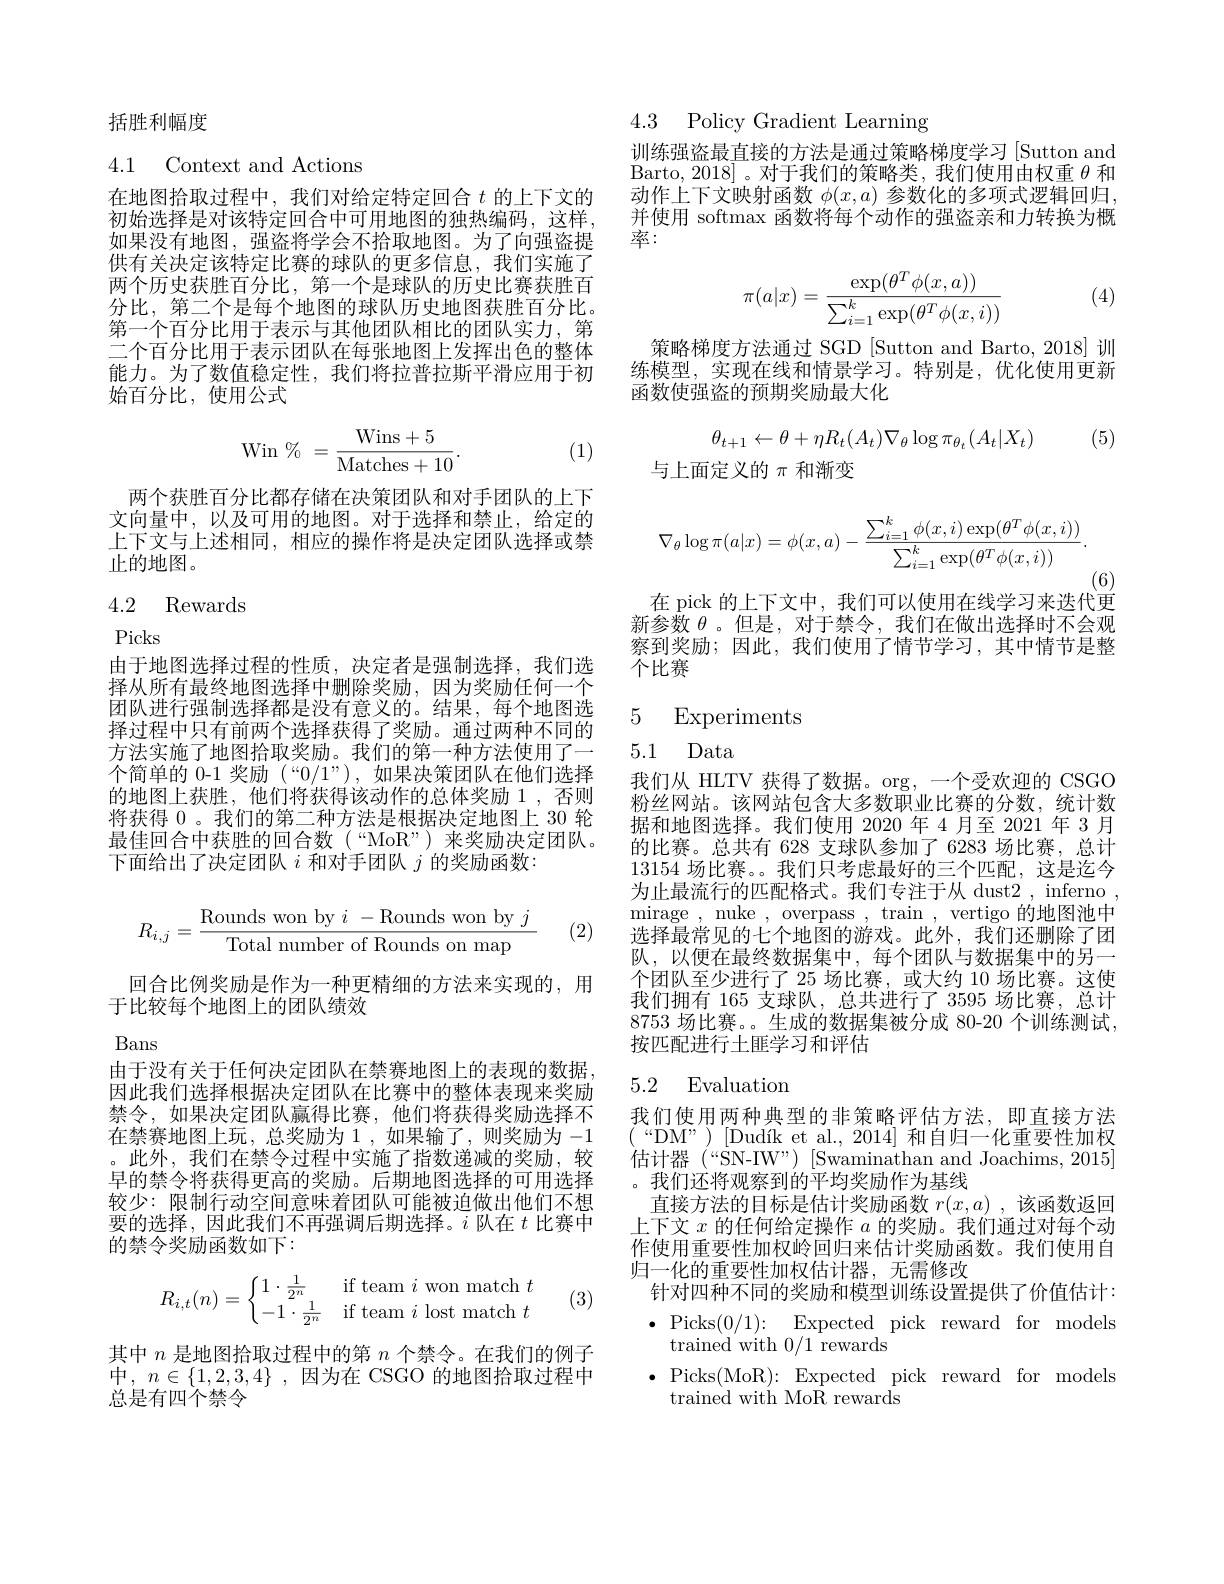
括胜利幅度

4.1 Context and Actions

在地图拾取过程中，我们对给定特定回合$t$的上下文的初始选择是对该特定回合中可用地图的独热编码，这样如果没有地图，强盗将学会不拾取地图。为了向强盗提供有关决定该特定比赛的球队的更多信息，我们实施了两个历史获胜百分比，第一个是球队的历史比赛获胜百分比，第二个是每个地图的球队历史地图获胜百分比。第一个百分比用于表示与其他团队相比的团队实力，第二个百分比用于表示团队在每张地图上发挥出色的整体能力。为了数值稳定性，我们将拉普拉斯平滑应用于初始百分比，使用公式
$$\text{Win}\%\:=\frac{\text{Wins}+5}{\text{Matches}+10}.$$
(1)

两个获胜百分比都存储在决策团队和对手团队的上下文向量中，以及可用的地图。对于选择和禁止，给定的上下文与上述相同，相应的操作将是决定团队选择或禁$\overline{\text{止的地图。}}$

### 4.2 Rewards

Picks

由于地图选择过程的性质，决定者是强制选择，我们选择从所有最终地图选择中删除奖励，因为奖励任何一个团队进行强制选择都是没有意义的。结果，每个地图选择过程中只有前两个选择获得了奖励。通过两种不同的方法实施了地图拾取奖励。我们的第一种方法使用了一个简单的 0-1 奖励 (“0/1”),如果决策团队在他们选择的地图上获胜，他们将获得该动作的总体奖励 1 ,否则将获得 0。我们的第二种方法是根据决定地图上 30 轮最佳回合中获胜的回合数(“MoR”)来奖励决定团队。下面给出了决定团队$i$和对手团队$j$的奖励函数：
$$R_{i,j}=\frac{\text{Rounds won by}\:i\:-\text{Rounds won by}\:j}{\text{Total number of Rounds on map}}$$
(2)

回合比例奖励是作为一种更精细的方法来实现的，用
于比较每个地图上的团队绩效

Bans

由于没有关于任何决定团队在禁赛地图上的表现的数据因此我们选择根据决定团队在比赛中的整体表现来奖励禁令，如果决定团队赢得比赛，他们将获得奖励选择不在禁赛地图上玩，总奖励为1，如果输了，则奖励为-1 。此外，我们在禁令过程中实施了指数递减的奖励，较早的禁令将获得更高的奖励。后期地图选择的可用选择较少：限制行动空间意味着团队可能被迫做出他们不想要的选择，因此我们不再强调后期选择。$i$队在$t$比赛中的禁令奖励函数如下：
$$R_{i,t}(n)=\left\{\begin{matrix}1\cdot\frac{1}{2^n}&\text{if team}i\text{won match}\:t\\-1\cdot\frac{1}{2^n}&\text{if team}\:i\text{lost match}\:t\end{matrix}\right.$$
(3)

其中$n$是地图拾取过程中的第$n$个禁令。在我们的例子中，$n\in \{ 1, 2, 3, 4\} $,因为在 CSGO 的地图拾取过程中总是有四个禁令

4.3 Policy Gradient Learning

训练强盗最直接的方法是通过策略梯度学习[Sutton and Barto, $\overline {2018] }$。对于我们的策略类，我们使用由权重$\theta$和动作上下文映射函数$\phi(x,a)$参数化的多项式逻辑回归， 并使用 softmax 函数将每个动作的强盗亲和力转换为概率：

(4)
$$\pi(a|x)=\frac{\exp(\theta^T\phi(x,a))}{\sum_{i=1}^k\exp(\theta^T\phi(x,i))}$$
策略梯度方法通过 SGD [Sutton and Barto, 2018] 训练模型，实现在线和情景学习。特别是，优化使用更新函数使强盗的预期奖励最大化
$$\theta_{t+1}\leftarrow\theta+\eta R_t(A_t)\nabla_\theta\log\pi_{\theta_t}(A_t|X_t)$$
(5)

与上面定义的$\pi$和渐变
$$\nabla_\theta\log\pi(a|x)=\phi(x,a)-\frac{\sum_{i=1}^k\phi(x,i)\exp(\theta^T\phi(x,i))}{\sum_{i=1}^k\exp(\theta^T\phi(x,i))}.$$
(6)
在 pick 的上下文中，我们可以使用在线学习来迭代更

新参数$\theta$ 。但是，对于禁令，我们在做出选择时不会观察到奖励；因此，我们使用了情节学习，其中情节是整个比赛

5 Experiments
5.1 Data

我们从 HLTV 获得了数据。org,一个受欢迎的 CSGO 粉丝网站。该网站包含大多数职业比赛的分数，统计数据和地图选择。我们使用 2020 年 4 月至 2021 年 3月的比赛。总共有 628 支球队参加了 6283 场比赛，总计13154场比赛。。我们只考虑最好的三个匹配，这是迄今为止最流行的匹配格式。我们专注于从 dust2 , inferno mirage , nuke , overpass , train , vertigo 的地图池中选择最常见的七个地图的游戏。此外，我们还删除了团队，以便在最终数据集中，每个团队与数据集中的另一个团队至少进行了 25 场比赛，或大约 10 场比赛。这使我们拥有 165 支球队，总共进行了 3595 场比赛，总计8753 场比赛。生成的数据集被分成 80-20 个训练测试， 按匹配进行土匪学习和评估

# 5.2 Evaluation

我们使用两种典型的非策略评估方法，即直接方法$({\mathrm{~“DM"~)~[Dudík~et~al.,~2014]~}}$和自归一化重要性加权估计器(“SN-IW”)[Swaminathan andJoachims,2015] 。我们还将观察到的平均奖励作为基线
直接方法的目标是估计奖励函数$r(x,a)$ ,该函数返回上下文$x$的任何给定操作$a$的奖励。我们通过对每个动作使用重要性加权岭回归来估计奖励函数。我们使用自归一化的重要性加权估计器，无需修改
针对四种不同的奖励和模型训练设置提供了价值估计： $\bullet$Picks$( 0/ 1) \nobreak {: } $ Expected pick reward for$\mod$s
trained with 0/1 rewards
$\bullet$Picks(MoR):Expected pick reward for models
trained with MoR rewards